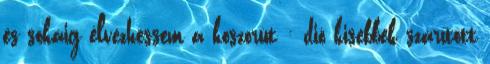
és sokáig élvezhessem a koszorút : dió kisebbek szárított